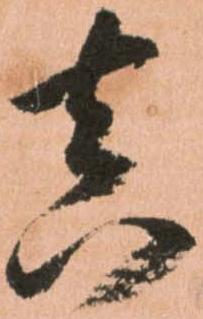
真